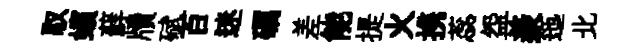
馭蠙蘚牘碔百迷礪差能提火携蕊盌羨迤北